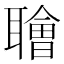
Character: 𫆑